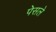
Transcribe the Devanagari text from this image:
पेसले